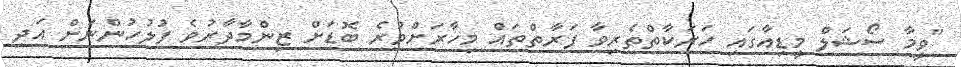
"ވީމާ ސޯޝަލް މީޑިއާގައި ހަރަކާތްތެރިވާ ފަރާތްތައް މިހާރަށްވުރެ ބޮޑަށް ޒިންމާދާރުވެ ފުލުހުންނަށް އަދި